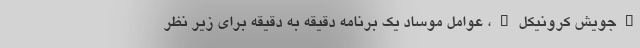
"جویش کرونیکل"، عوامل موساد یک برنامه دقیقه به دقیقه برای زیر نظر